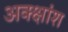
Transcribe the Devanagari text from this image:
अक्क्षांश